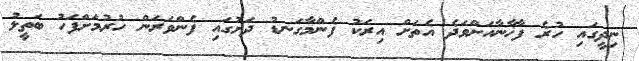
ނިދީގައި ހުރެ ފާޚާނާއަށްވަދެ އެތަށް އިރަކު ފެންމާގަނޑު ދަށުގައި ފެންވަރަން ހުރުމަށްފަހު ބަތީލު